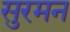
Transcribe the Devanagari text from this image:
सुरमन